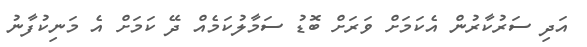
އަދި ސަރުކާރުން އެކަމަށް ވަރަށް ބޮޑު ސަމާލުކަމެއް ދޭ ކަމަށް އެ މަނިކުފާނު